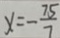
x = - \frac { 7 5 } { 7 }